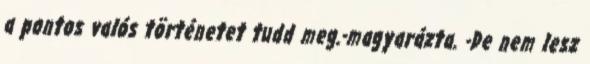
a pontos valós történetet tudd meg.-magyarázta. -De nem lesz